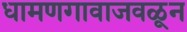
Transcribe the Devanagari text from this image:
धामणगावाजवळून